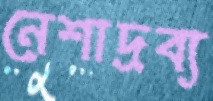
নেশাদ্রব্য